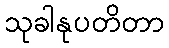
သုခါနုပတိတာ